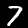
Label: 7